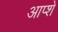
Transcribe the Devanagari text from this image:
आप्शे